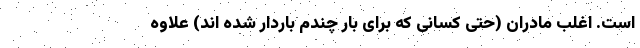
است. اغلب مادران (حتی کسانی که برای بار چندم باردار شده اند) علاوه